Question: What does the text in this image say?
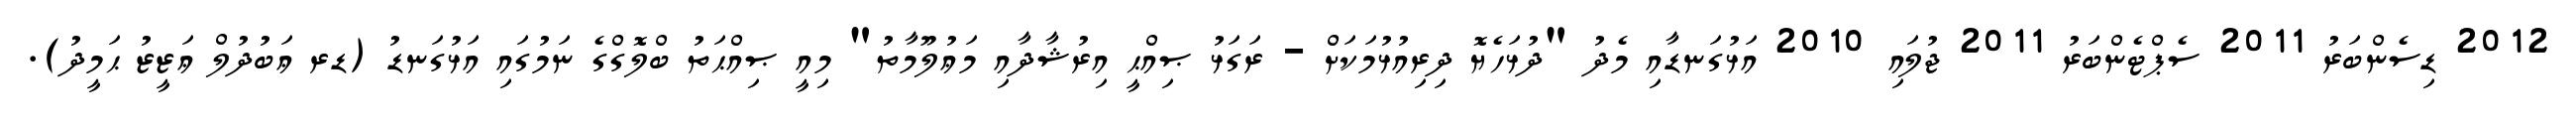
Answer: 2012 ޑިސެންބަރު 2011 ސެޕްޓެންބަރު 2011 ޖުލައި 2010 އަޅުގަނޑާއި މެދު "ދުޅަހެޔޮ ދިރިއުޅުމަކަށް - ރަގަޅު ޞިއްޙީ އިރުޝާދާއި މަޢުލޫމާތު" މިއީ ޞިއްޙަތު ބްލޮގްގެ ނަމުގައި އަޅުގަނޑު (ޑރ ޢަބުދުލް ޢަޒީޒު ޙަމީދު).